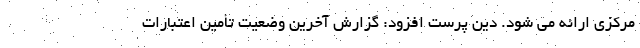
مرکزی ارائه می شود. دین پرست افزود: گزارش آخرین وضعیت تأمین اعتبارات